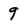
Character: 9